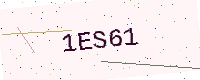
Text: 1ES61